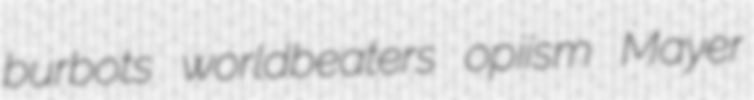
burbots worldbeaters opiism Mayer